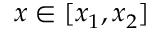
x \in [ x _ { 1 } , x _ { 2 } ]